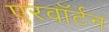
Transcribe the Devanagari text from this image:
एरवॉर्टन